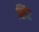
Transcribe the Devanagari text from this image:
सि२